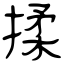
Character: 揉